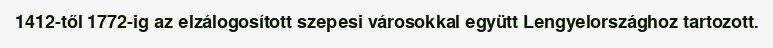
1412-től 1772-ig az elzálogosított szepesi városokkal együtt Lengyelországhoz tartozott.